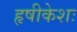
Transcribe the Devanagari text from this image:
हृषीकेशः